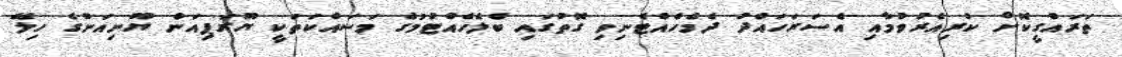
ތަރައްގީކޮށް ކުރިއެރުވުމާއި އެސަރަހައްދު ދެމެހެއްޓެނިވި ގޮތުގައި ބެލެހެއްޓުމުގެ މަސައްކަތަކީ ޔޫރަޕިއަން ޔޫނިއަންގެ ހިލޭ